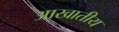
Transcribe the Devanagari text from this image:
आखातीय